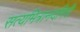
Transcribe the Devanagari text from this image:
सत्यमित्रानंदगिरी